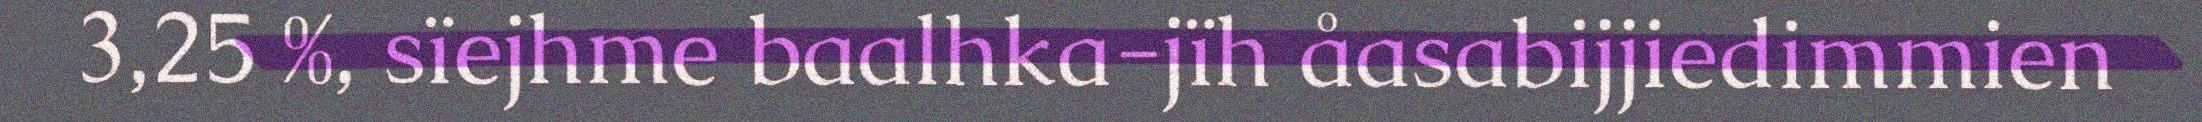
3,25 %, sïejhme baalhka-jïh åasabijjiedimmien